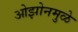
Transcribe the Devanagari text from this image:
ओझोनमुळे